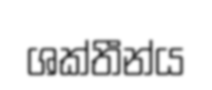
ශක්තීන්ය